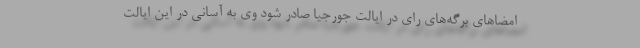
امضاهای برگه‌های رای در ایالت جورجیا صادر شود وی به آسانی در این ایالت